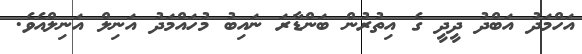
އަހްމަދު އަބްދު ދީދީ ގެ އިތުރުން ބަންޑާރަ ނައިބު މުހައްމަދު އަނިލް އަނިލްއެވެ.